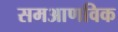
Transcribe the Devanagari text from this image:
समआणविक